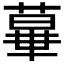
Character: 𦸩